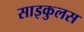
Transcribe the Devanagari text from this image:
साइकुलस